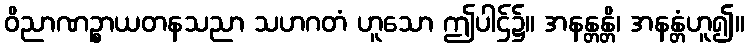
ဝိညာဏဉ္စာယတနသညာ သဟဂတံ ဟူသော ဤပါဌ်၌။ အနန္တန္တိ၊ အနန္တံဟူ၍။